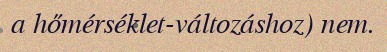
a hőmérséklet-változáshoz) nem.